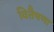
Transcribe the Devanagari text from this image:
वितैषणा